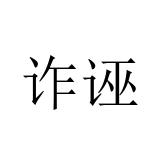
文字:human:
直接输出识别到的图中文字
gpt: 诈诬